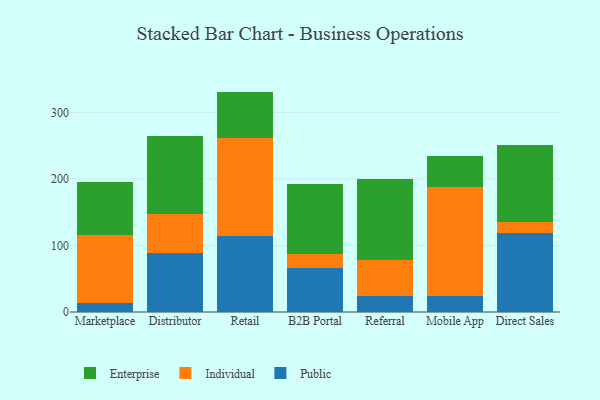
{"axis": {"x": "Channel", "y": "Budget (USD K)"}, "legend": ["Enterprise", "Individual", "Public"], "data": [{"x": "Marketplace", "y": 13.1, "type": "Public"}, {"x": "Marketplace", "y": 101.9, "type": "Individual"}, {"x": "Marketplace", "y": 79.8, "type": "Enterprise"}, {"x": "Distributor", "y": 88.0, "type": "Public"}, {"x": "Distributor", "y": 58.9, "type": "Individual"}, {"x": "Distributor", "y": 117.9, "type": "Enterprise"}, {"x": "Retail", "y": 114.4, "type": "Public"}, {"x": "Retail", "y": 147.6, "type": "Individual"}, {"x": "Retail", "y": 69.1, "type": "Enterprise"}, {"x": "B2B Portal", "y": 66.3, "type": "Public"}, {"x": "B2B Portal", "y": 20.4, "type": "Individual"}, {"x": "B2B Portal", "y": 105.8, "type": "Enterprise"}, {"x": "Referral", "y": 23.3, "type": "Public"}, {"x": "Referral", "y": 55.2, "type": "Individual"}, {"x": "Referral", "y": 121.0, "type": "Enterprise"}, {"x": "Mobile App", "y": 23.5, "type": "Public"}, {"x": "Mobile App", "y": 164.2, "type": "Individual"}, {"x": "Mobile App", "y": 47.3, "type": "Enterprise"}, {"x": "Direct Sales", "y": 118.5, "type": "Public"}, {"x": "Direct Sales", "y": 16.9, "type": "Individual"}, {"x": "Direct Sales", "y": 114.8, "type": "Enterprise"}]}